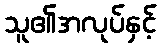
သူ၏အလုပ်နှင့်